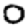
Digit: 0